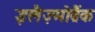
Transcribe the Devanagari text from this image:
इलैज़्मोब्रैंक